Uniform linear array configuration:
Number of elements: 32
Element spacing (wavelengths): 0.25
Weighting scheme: cosine
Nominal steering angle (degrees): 45
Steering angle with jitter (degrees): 44.919
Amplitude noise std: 0.05
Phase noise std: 0.05

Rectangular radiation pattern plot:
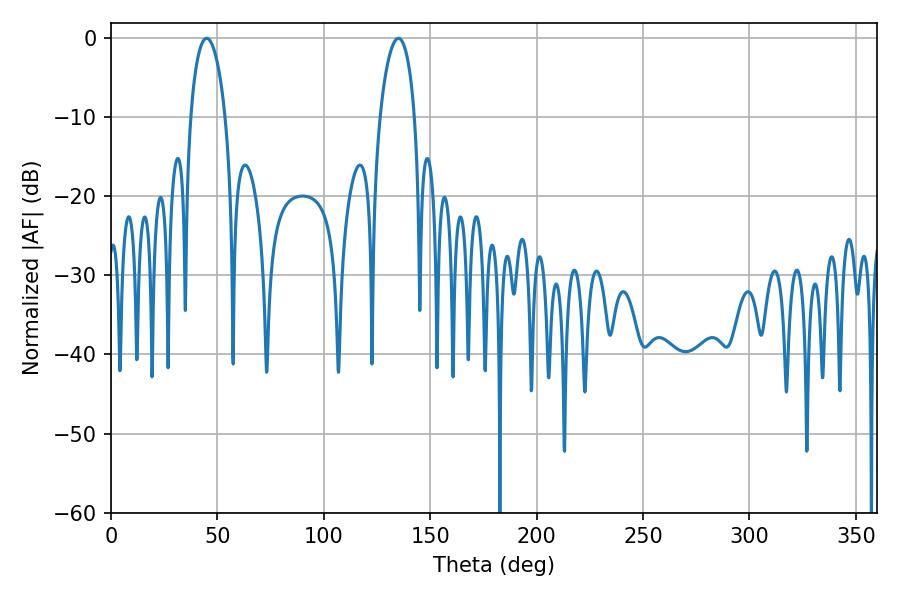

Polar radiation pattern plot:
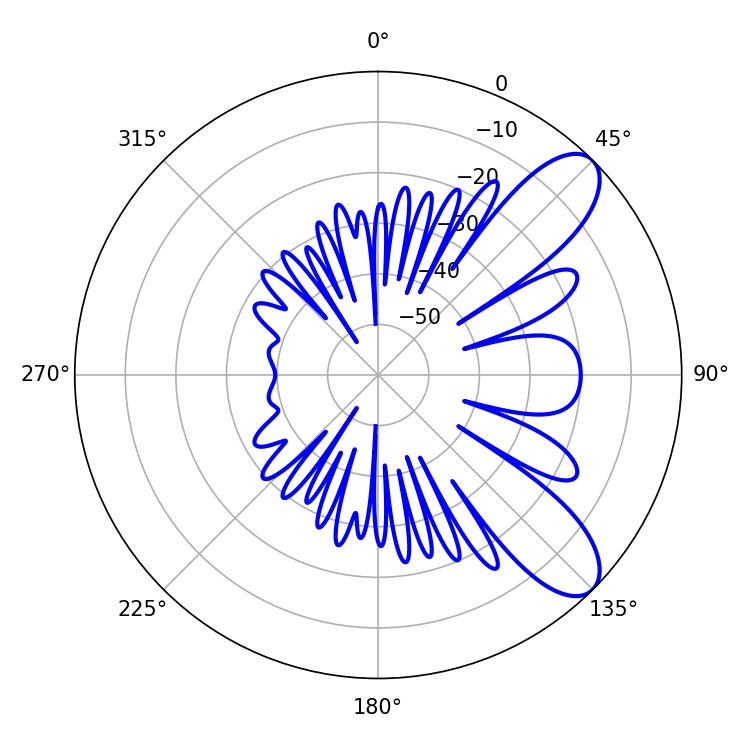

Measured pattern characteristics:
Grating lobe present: FALSE
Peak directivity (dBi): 8.987
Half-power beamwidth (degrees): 9.36
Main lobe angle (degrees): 45